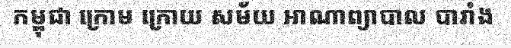
កម្ពុជា ក្រោម ក្រោយ សម័យ អាណាព្យាបាល បារាំង